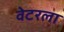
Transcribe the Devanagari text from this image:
वेटरला